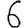
Digit: 6